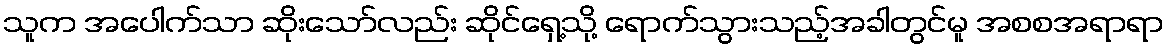
သူက အပေါက်သာ ဆိုးသော်လည်း ဆိုင်ရှေ့သို့ ရောက်သွားသည့်အခါတွင်မူ အစစအရာရာ